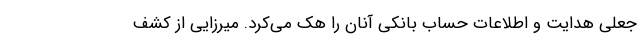
جعلی هدایت و اطلاعات حساب بانکی آنان را هک می‌کرد. میرزایی از کشف